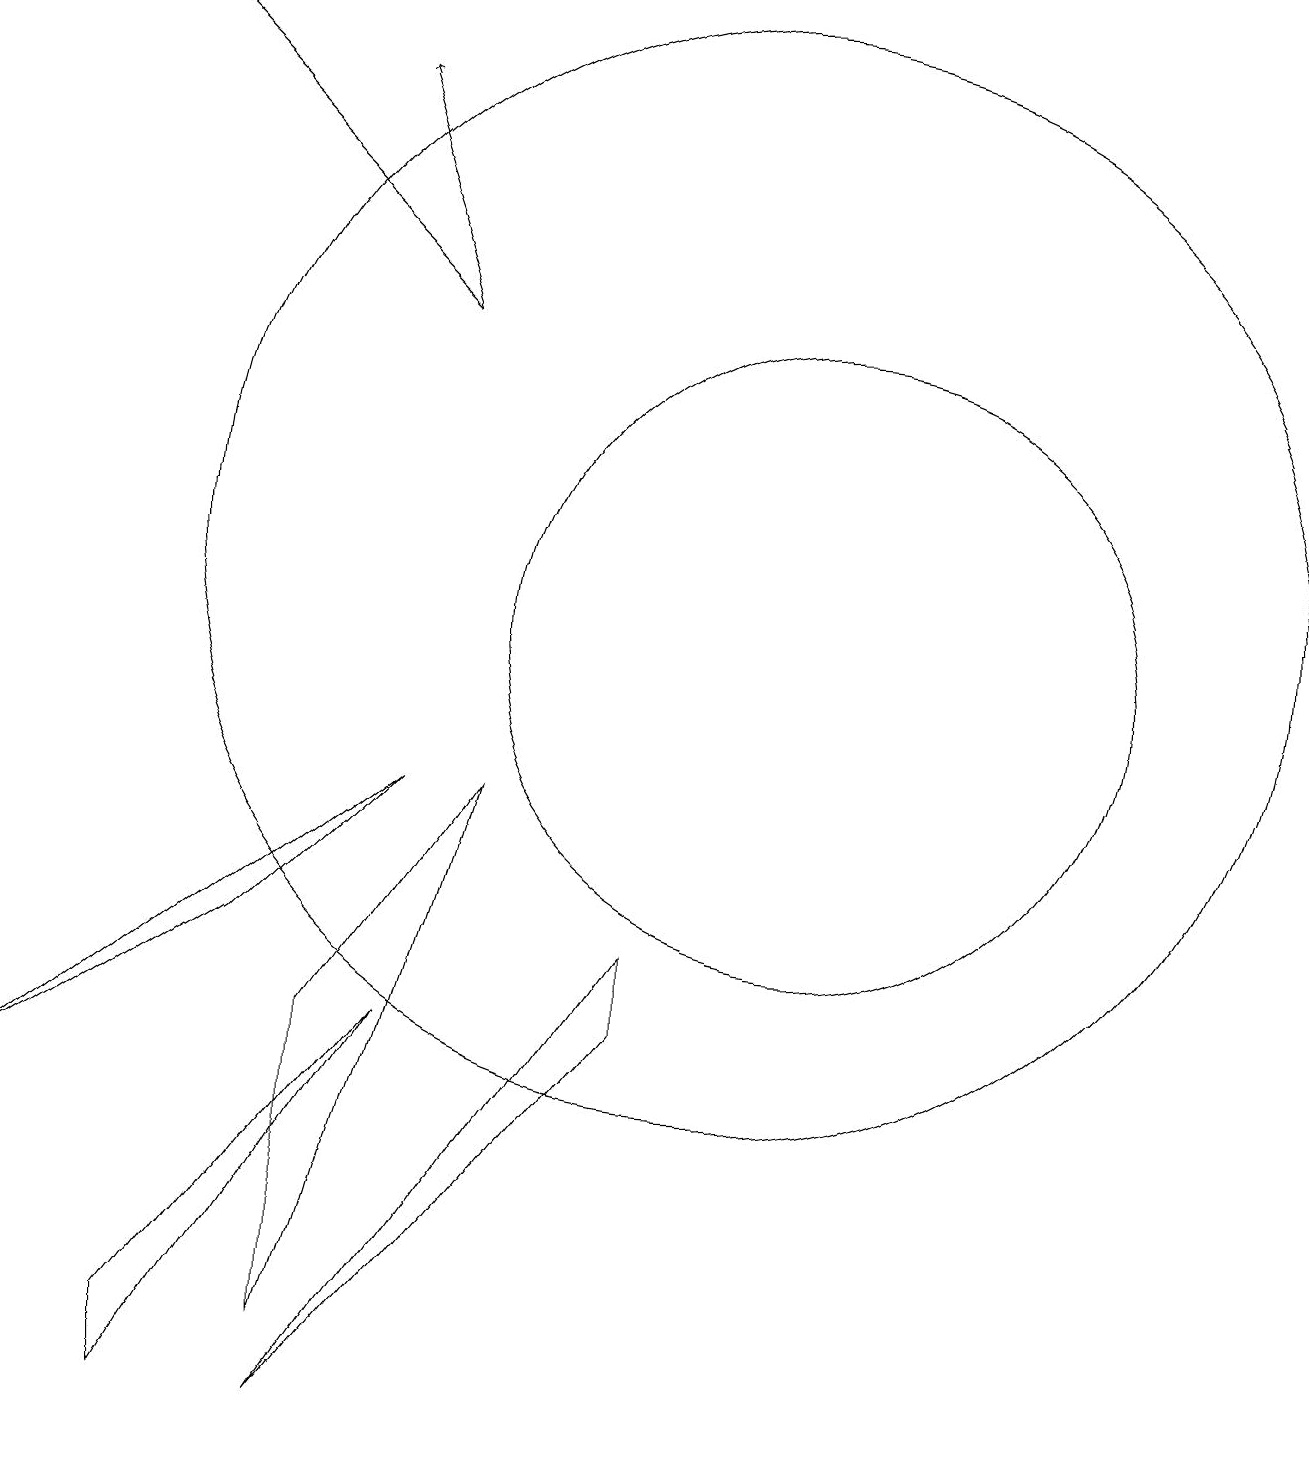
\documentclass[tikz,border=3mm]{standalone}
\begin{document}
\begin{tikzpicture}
\draw (5,2) -- (7,9) -- (5,6) -- cycle;
\draw (1,5) -- (4,7) -- (6,9) -- cycle;
\draw (3,2) -- (3,1) -- (6,6) -- cycle;
\draw[->] (6,15) -- (2,19);
\draw[->] (6,15) -- (5,18);
\draw (5,1) -- (9,6) -- (9,7) -- cycle;
\draw (11,11) circle (4);
\draw (10,12) circle (7);
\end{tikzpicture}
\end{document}